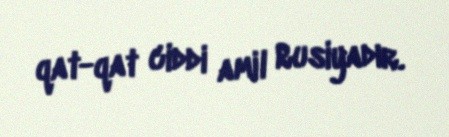
qat-qat ciddi amil Rusiyadır.